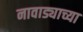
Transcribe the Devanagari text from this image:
नावाड्याच्या